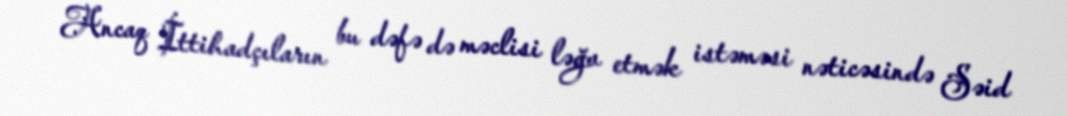
Ancaq İttihadçıların bu dəfə də məclisi ləğv etmək istəməsi nəticəsində Səid